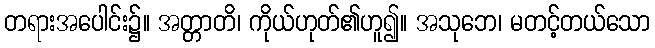
တရားအပေါင်း၌။ အတ္တာတိ၊ ကိုယ်ဟုတ်၏ဟူ၍။ အသုဘေ၊ မတင့်တယ်သော